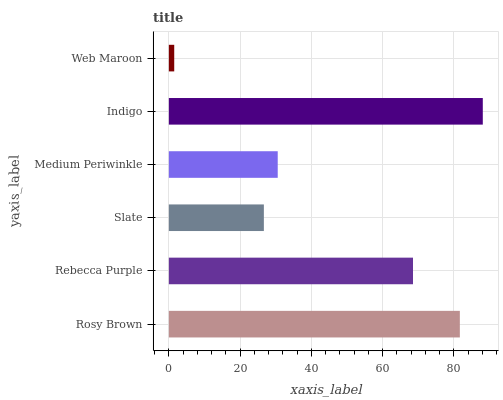
| yaxis_label | bars |
 | --- | --- |
 | Rosy Brown | 81.7 |
 | Rebecca Purple | 68.6 |
 | Slate | 26.7 |
 | Medium Periwinkle | 30.6 |
 | Indigo | 88.2 |
 | Web Maroon | 1.51 |